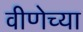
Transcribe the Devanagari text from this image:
वीणेच्या